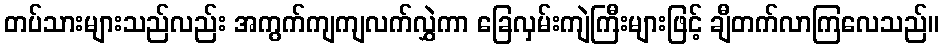
တပ်သားများသည်လည်း အကွက်ကျကျလက်လွှဲကာ ခြေလှမ်းကျဲကြီးများဖြင့် ချီတက်လာကြလေသည်။